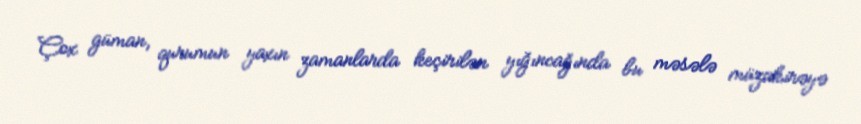
Çox güman, qurumun yaxın zamanlarda keçirilən yığıncağında bu məsələ müzakirəyə